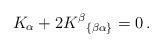
LaTeX: \begin{align*}\;\;K_{\alpha }+2K^{\beta }{}_{\left\{ \beta \alpha \right\}}=0\,. \end{align*}